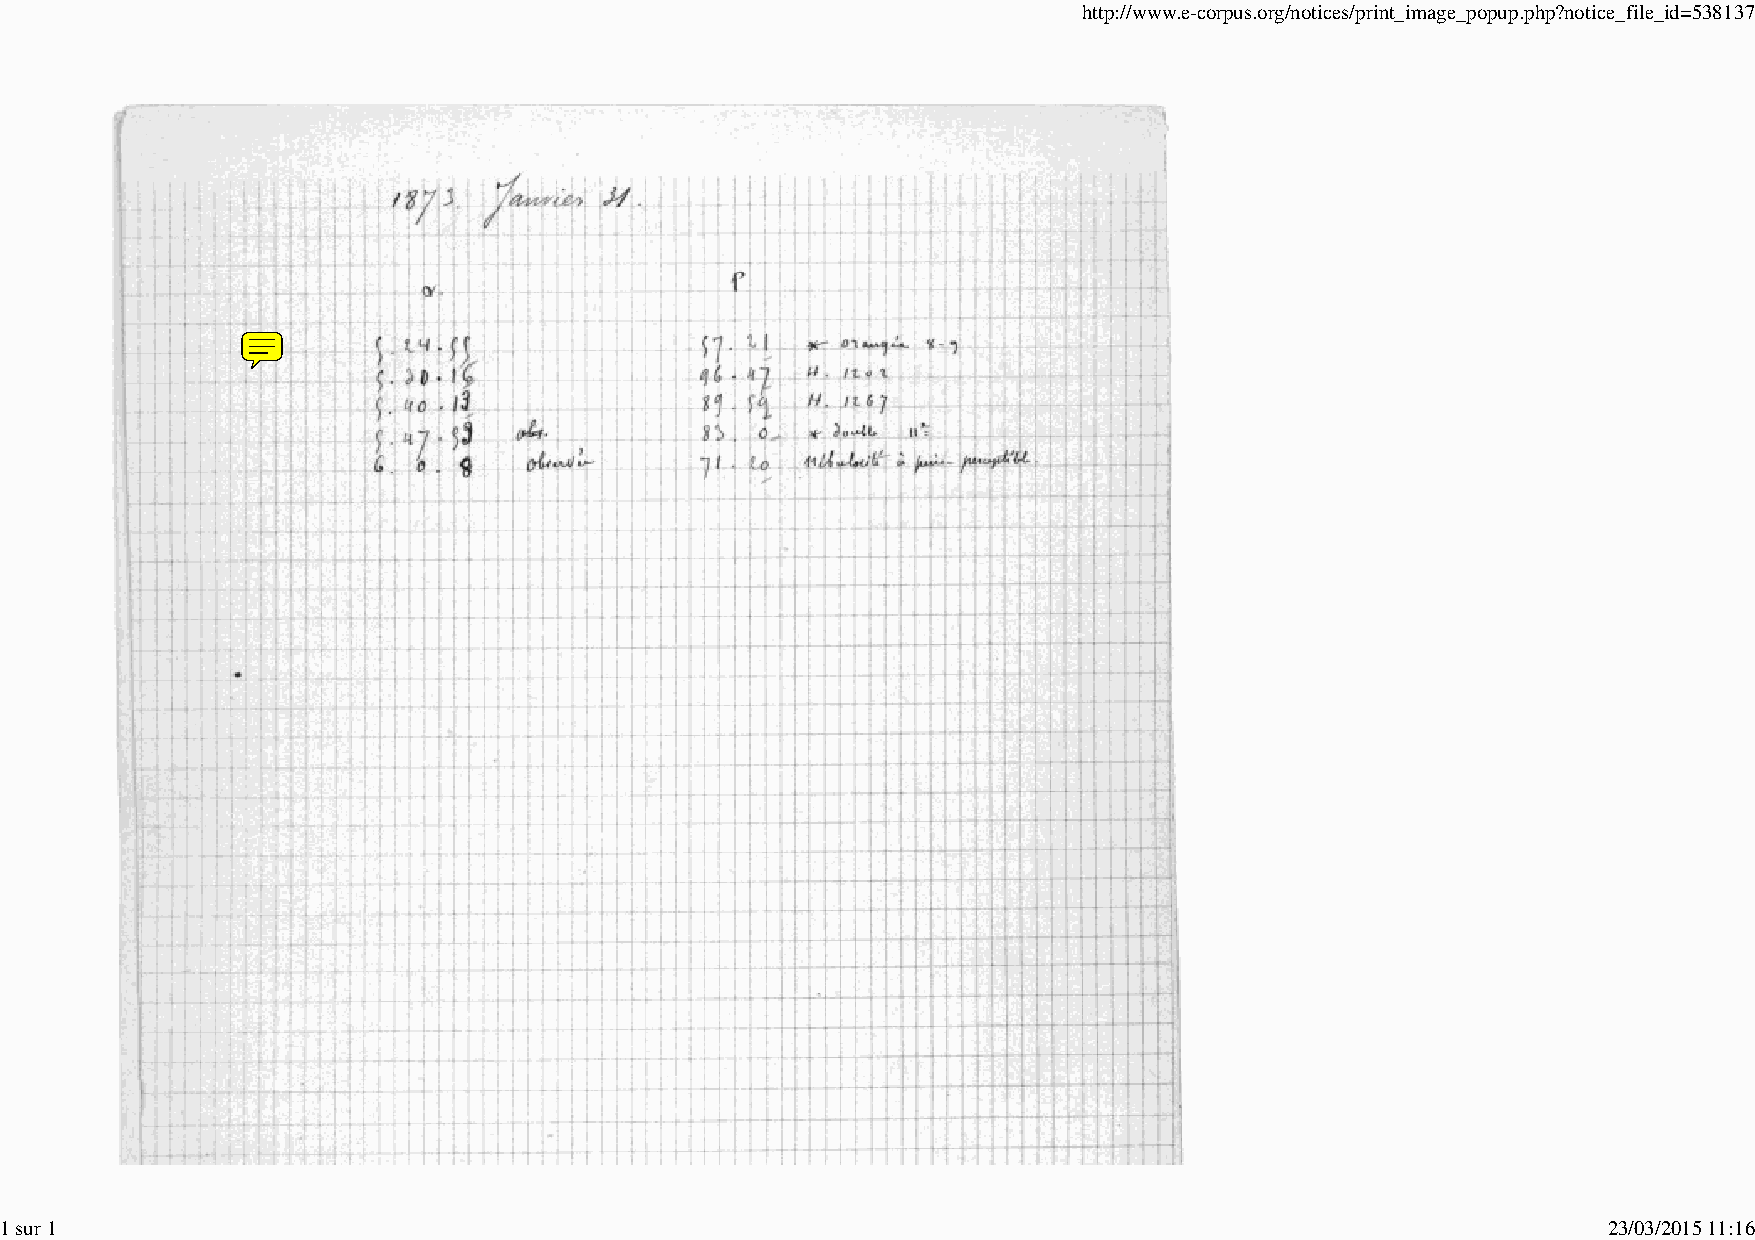
http://www.e-corpus.org/notices/print_image_popup.php?notice_file_id=538137
 1 sur 1                                                                                                   23/03/2015 11:16